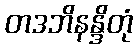
တဒဘိနန္ဒိတုံ